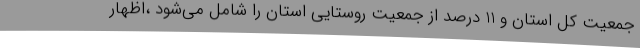
جمعیت کل استان و 11 درصد از جمعیت روستایی استان را شامل می‌شود ،اظهار